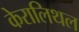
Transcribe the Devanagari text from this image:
केरालिथल